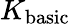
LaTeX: K_{\mathrm{basic}}